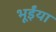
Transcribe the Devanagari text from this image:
भूईंया